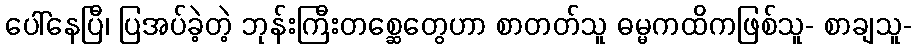
ပေါ်နေပြီ၊ ပြအပ်ခဲ့တဲ့ ဘုန်းကြီးတစ္ဆေတွေဟာ စာတတ်သူ ဓမ္မကထိကဖြစ်သူ- စာချသူ-